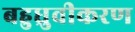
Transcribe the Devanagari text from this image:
बहुध्रुवीकरण